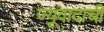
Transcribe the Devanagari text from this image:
ज्यूवादाची